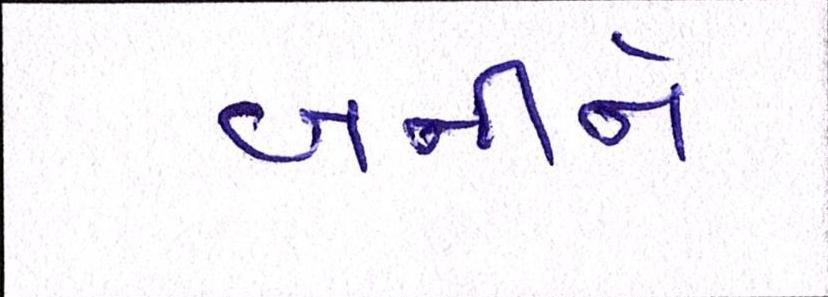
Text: બનીને